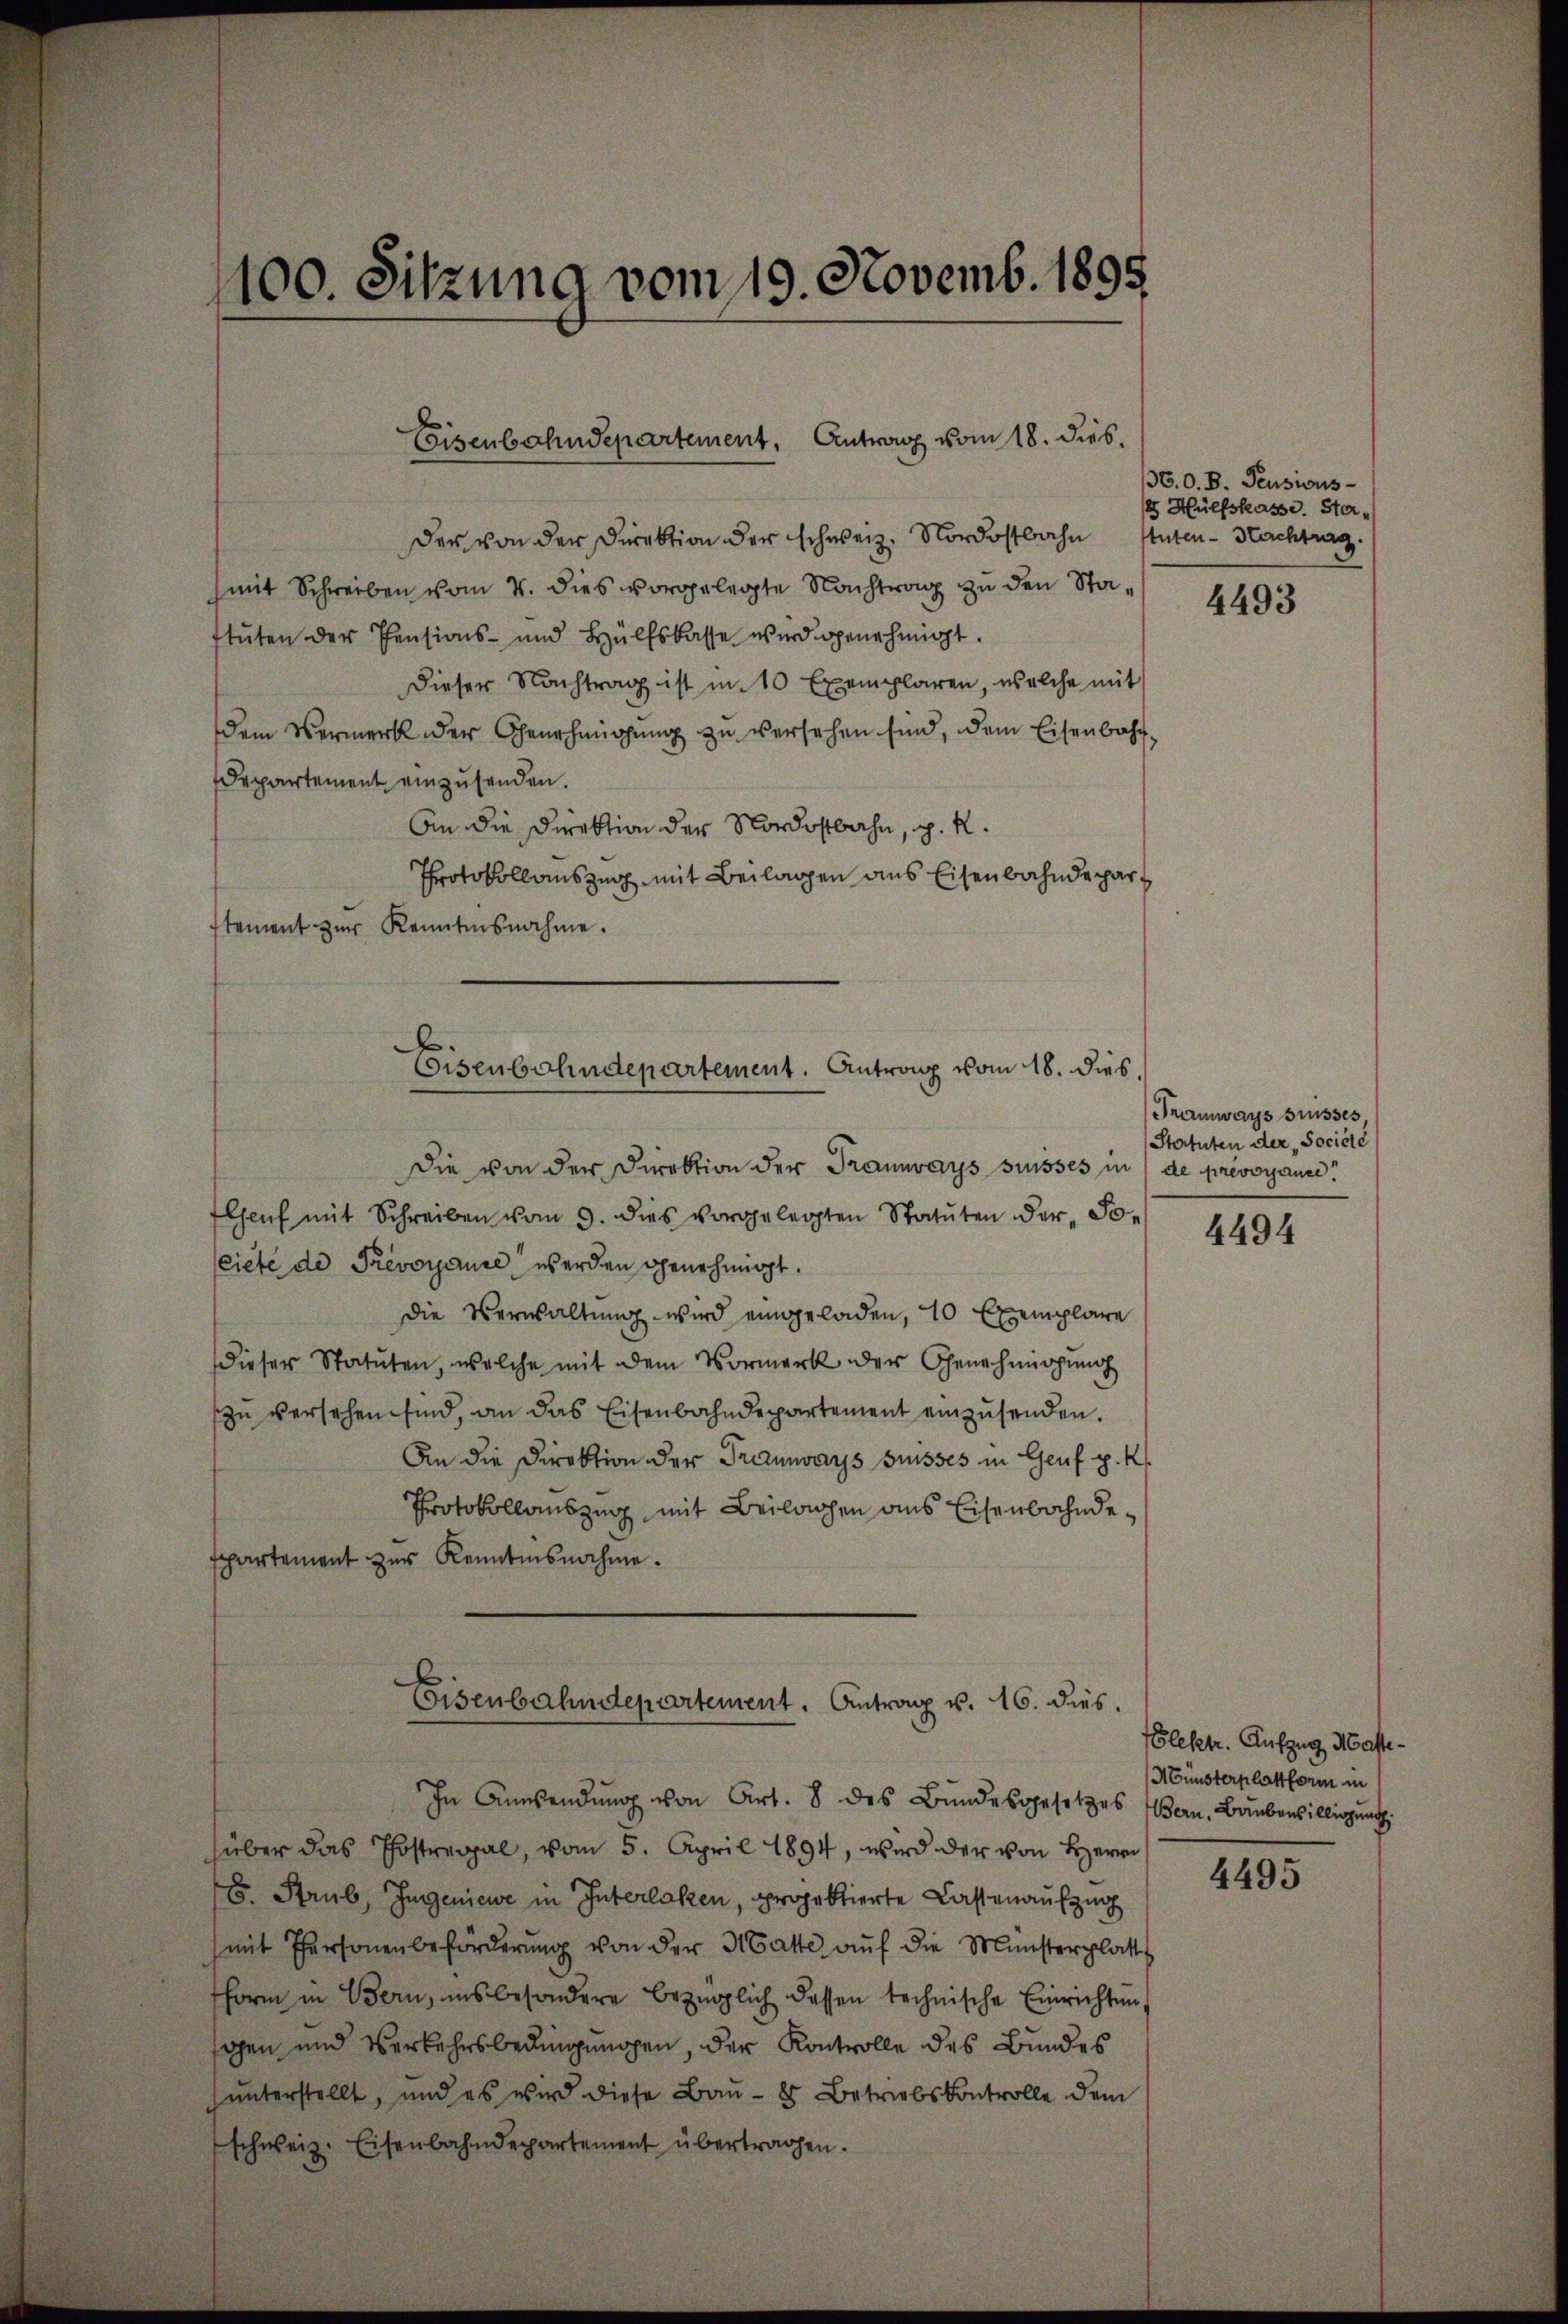
100. Sitzung vom 19. Novemb. 1895

der von der Direktion der schweiz. Nordostbahn
mit Schreiben vom 4. dies vorgelegte Nachtrag zu den Stastuten der Pensions- und Hülfskasse wird genehmigt.
Dieser Nachtrag ist in 10 Exemplaren, welche mit
dem Vermerk der Genehmigŭng zu versehen sind, dem Eisenbahn¬
Departement einzusenden.
An die Direktion der Nordostbahn, p. K.
Protokollauszug mit Beilagen aus Eisenbahndepart
stement zŭr Kenntnisnahme.

Die von der Direktion der Traunvays suisses in de prevoyance.
Chef mit Schreiben vom 3. dies vorgelegten Statuten der So¬
Ciete de Prevoyause werden genehmigt.
Die Verwaltŭng wird eingeladen, 10 Exemplare
dieser Statuten, welche mit dem Vormerk der Genehmigŭng
zŭ versehen sind, an das Eisenbahndepartement einzŭsenden.
An die Direktion der Tramwars Grusses in Genf p. k.
Protokollauszug, mit Beilagen aus Eisenbahndespartement zŭr Kenntnisnahme.

Eisenbahndepartement. Antrag vom 18. dies.

Eisenbahndepartement. Antrag vom 18. dies

Eisenbahndepartement. Antrag v. 16. dies.

36.O. B. Pensions-
e Hülfskasse. Sta¬
Auten - Nachtrag.

In Anwendŭng von Art. 8 des Bŭndesgesetzes Bern, Baŭbenbilligŭng
über das Postregal, vom 5. April 1894, wird der von Herrn
G. Strub, Jugeniewe in Interlaken, projektierte Lastenaufzug
mit Personenbeforderŭng von der Matte aŭf die Münsterplatte
form in Bern, insbesondere bezüglich dessen technische Einrichten,
gen und Verkehrsbedingungen, der Kontrolle des Bundes
unterstellt, und es wird diese Bau- 8 Betriebskontrolle dem
schweiz. Eisenbahndepartement übertragen.

4493

Tramways suisses,
Statuten der Societe

4494

Glektr. Aufzug Matte¬
Münsterplattform in

4495